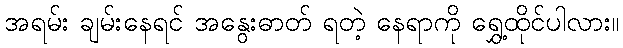
အရမ်း ချမ်းနေရင် အနွေးဓာတ် ရတဲ့ နေရာကို ရွှေ့ထိုင်ပါလား။